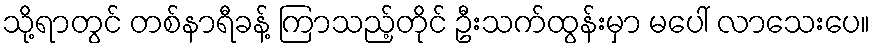
သို့ရာတွင် တစ်နာရီခန့် ကြာသည့်တိုင် ဦးသက်ထွန်းမှာ မပေါ် လာသေးပေ။